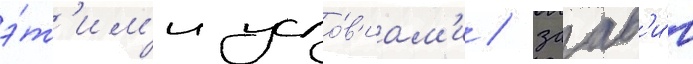
э́т'им'и усло́в'иам'и / заав'и́в